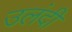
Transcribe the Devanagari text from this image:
उलंदी